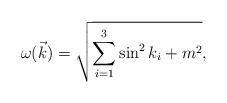
LaTeX: \begin{align*}\omega(\vec{k})=\sqrt{\sum_{i=1}^{3}\sin^2k_i+m^2},\end{align*}